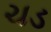
ચડ